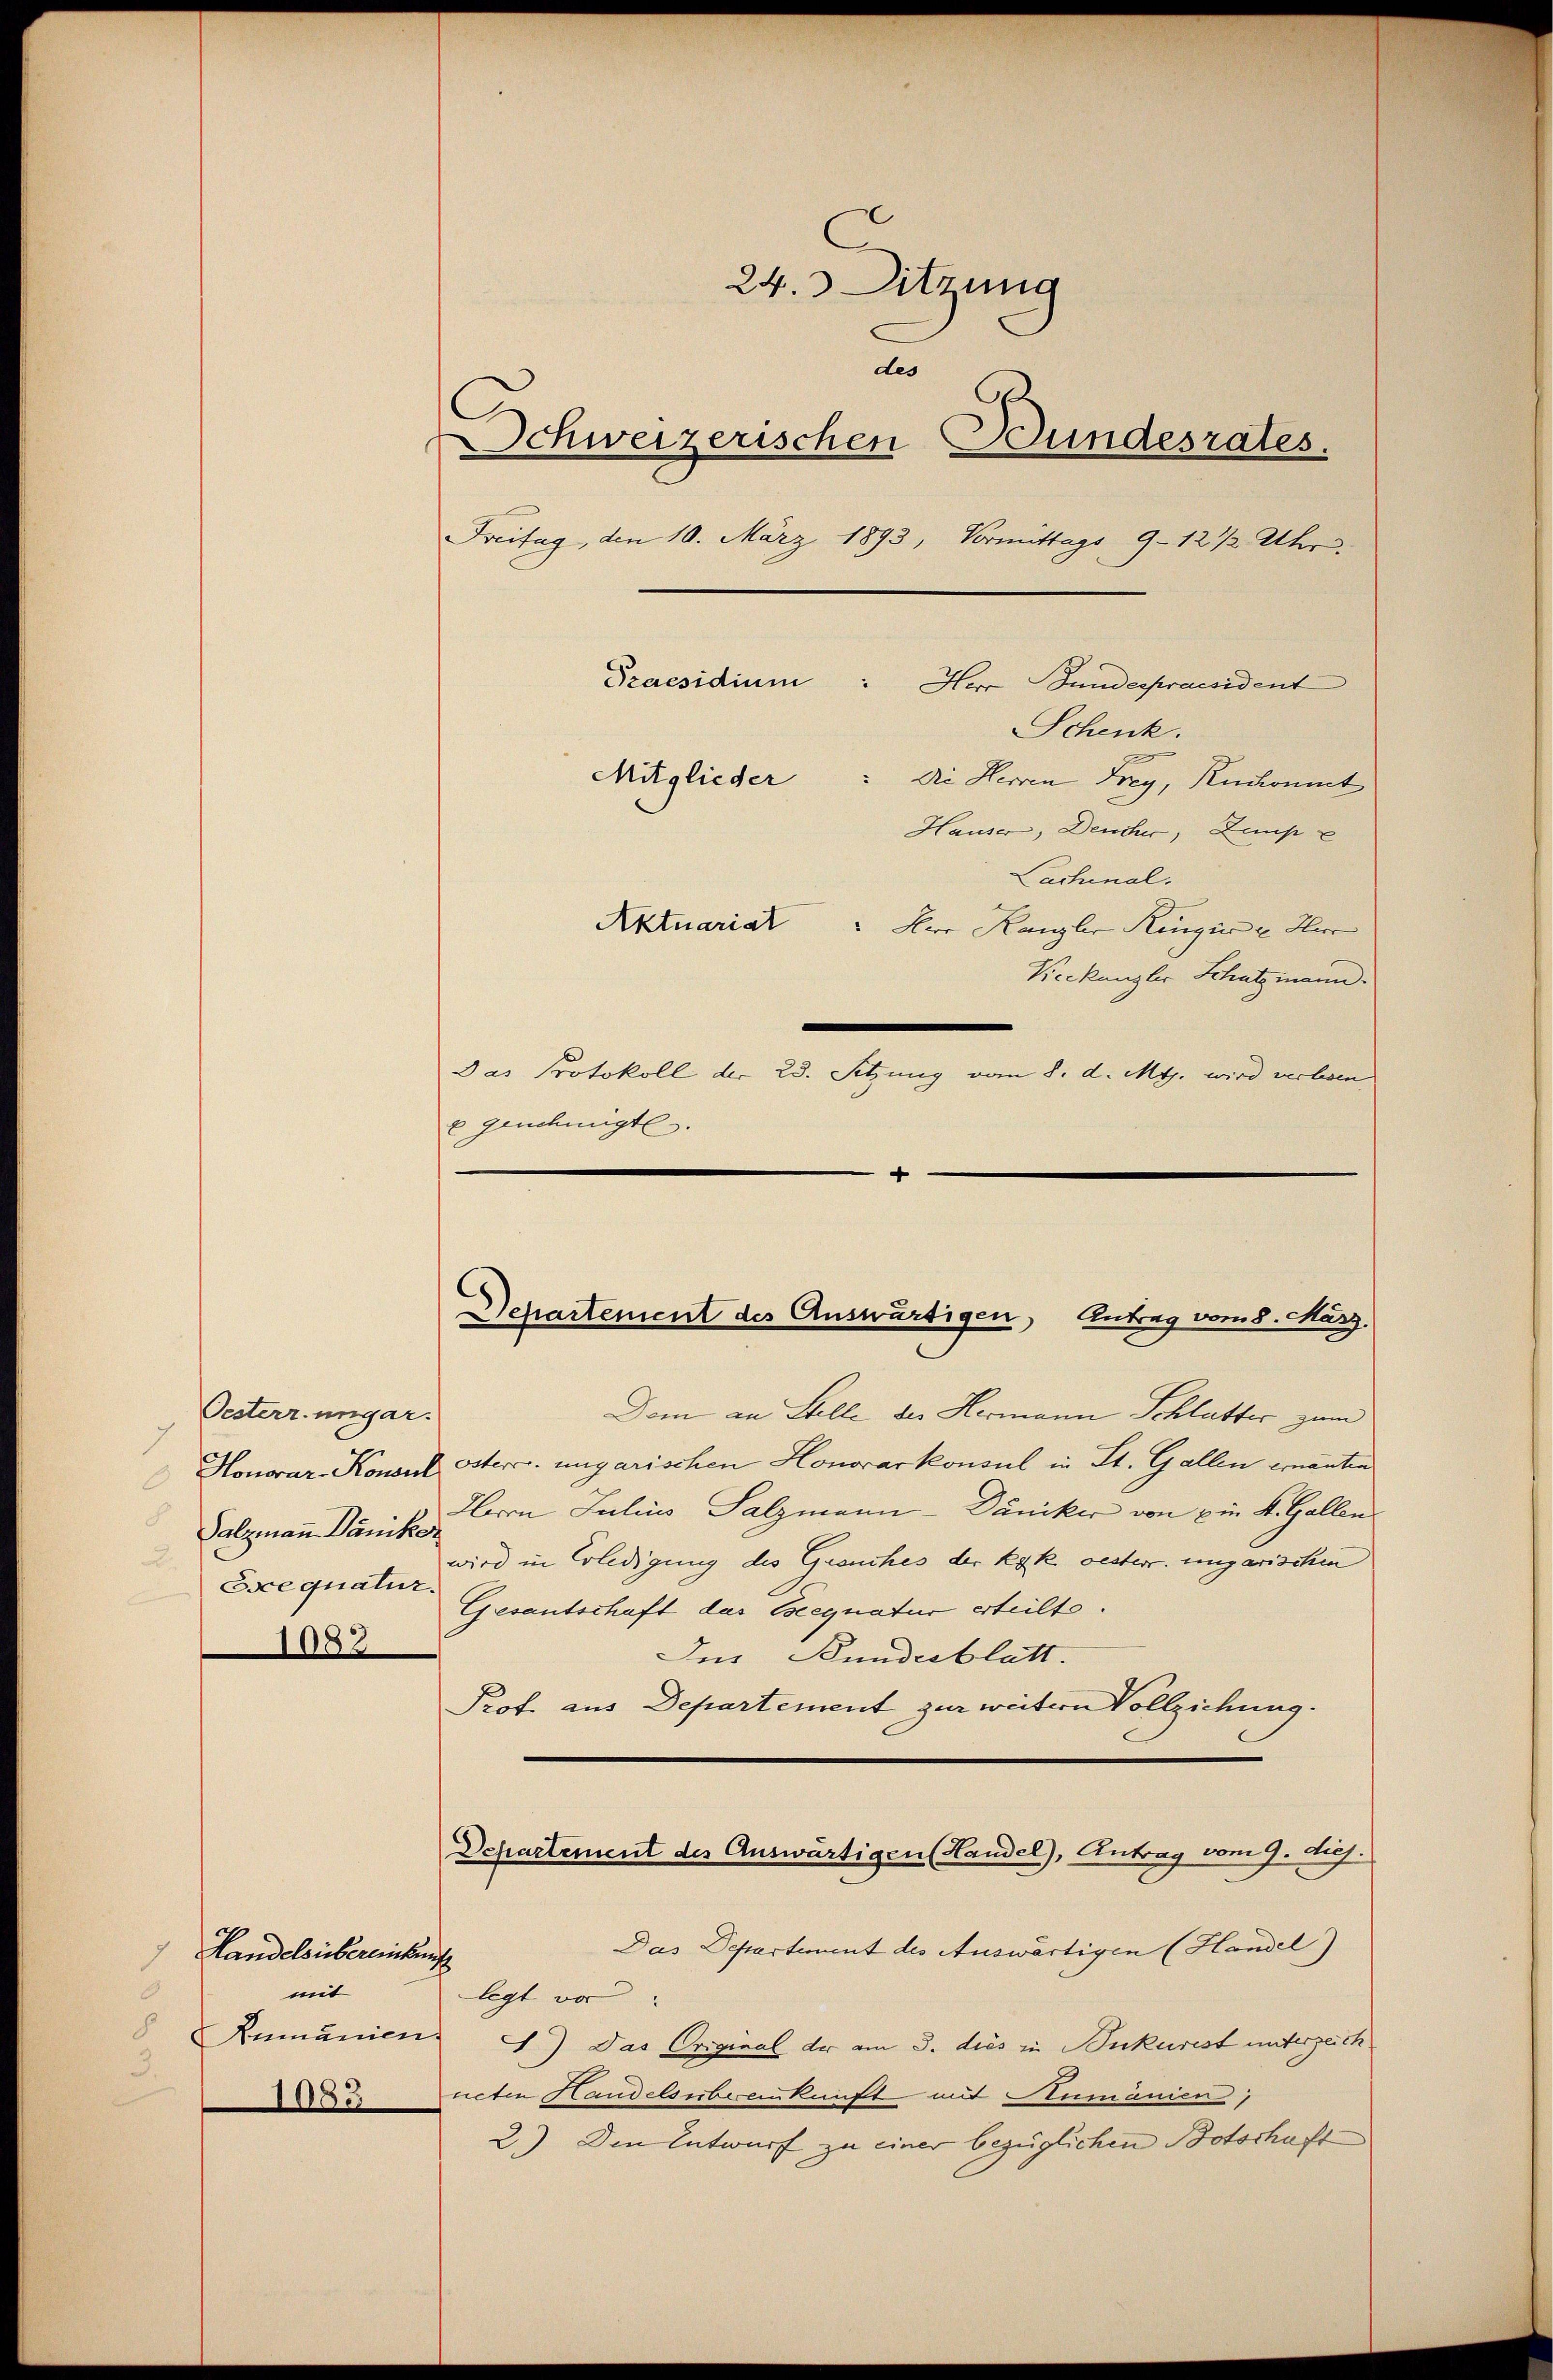
Oesterr. ungar.
Honorar-Konsul
2
d
Salzmann Däniker
A
Esce quatur.
1083

Handelsisbereinkung
mit
8
3.
1083

24. Sitzung
des
Schweizerischen Bundesrates.
Freitag, den 10. März 1893, Vormittags 9 - 12 ½ Uhr
Praesidium
Mitglieder: di Herren Frey, Ruckommt
Hause, Deucher, Zump
Lachinal.
Aktuariat der Kanzler Ringer u Herr
Keekanzler Schatzmann.
Das Protokoll der 28. Sitzung vom 8. d. M. wird verbren
e genehmigte.
4

Departement des Auswärtigen Antrag vom 8. März,

Herr Bundespraesident
Schenk.

Dom an Stelle der Hermann Schlatter zum
öster. ungarischen Honorarkonsul in St. Gallen ernanten
Hrn Julius Salzmann-Däniker von Ein K. Gallen.
wird in Erledigung des Grouches der k.k. oesterr. ungarischen
Gesantschaft das Eseegnatur erteilte.
Ins Bundesblatt.
Prof. aus Departement zur weitern Vollziehung.
Departement des Auswärtigen (Handel), Antrag vom 9. huj.
Das Departement des Auswärtigen (Handel)
legt vor
8 Rumanien 1) Das Original der am 3. dies in Bukurist unterzeich
neten Handelsübereinkunft mit Numänien,
2) Die Entwurf zu einer bezüglichen Botschaft